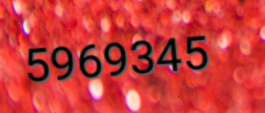
5969345